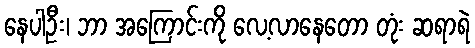
နေပါဦး၊ ဘာ အကြောင်းကို လေ့လာနေတော တုံး ဆရာရဲ